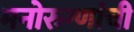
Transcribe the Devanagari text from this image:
मनोरुग्णांची